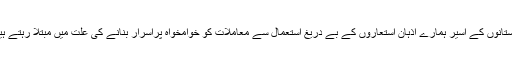
داستانوں کے اسیر ہمارے اذہان استعاروں کے بے دریغ استعمال سے معاملات کو خوامخواہ پُراسرار بنانے کی علت میں مبتلا رہتے ہیں۔